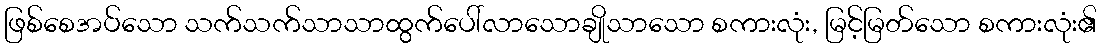
ဖြစ်စေအပ်သော သက်သက်သာသာထွက်ပေါ်လာသောချိုသာသော စကားလုံး, မြင့်မြတ်သော စကားလုံး၏